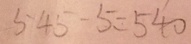
5 6 4 - 5 = 5 4 0